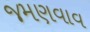
જમણવાવ